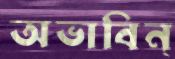
অভাবিন্